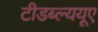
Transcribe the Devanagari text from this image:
टीडब्ल्ययूए